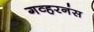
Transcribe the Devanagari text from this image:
गव्हरनंस